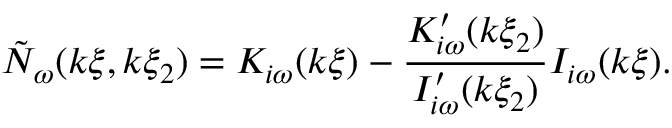
\tilde { N } _ { \omega } ( k \xi , k \xi _ { 2 } ) = K _ { i \omega } ( k \xi ) - \frac { K _ { i \omega } ^ { \prime } ( k \xi _ { 2 } ) } { I _ { i \omega } ^ { \prime } ( k \xi _ { 2 } ) } I _ { i \omega } ( k \xi ) .